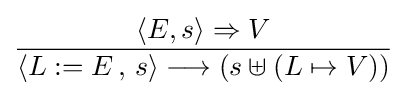
{\frac {\langle E,s\rangle \Rightarrow V}{\langle L:=E\,,\,s\rangle \longrightarrow (s\uplus (L\mapsto V))}}